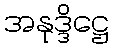
အနုဒ္ဒိဋ္ဌေ